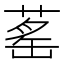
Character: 䔄